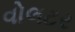
વોલટર